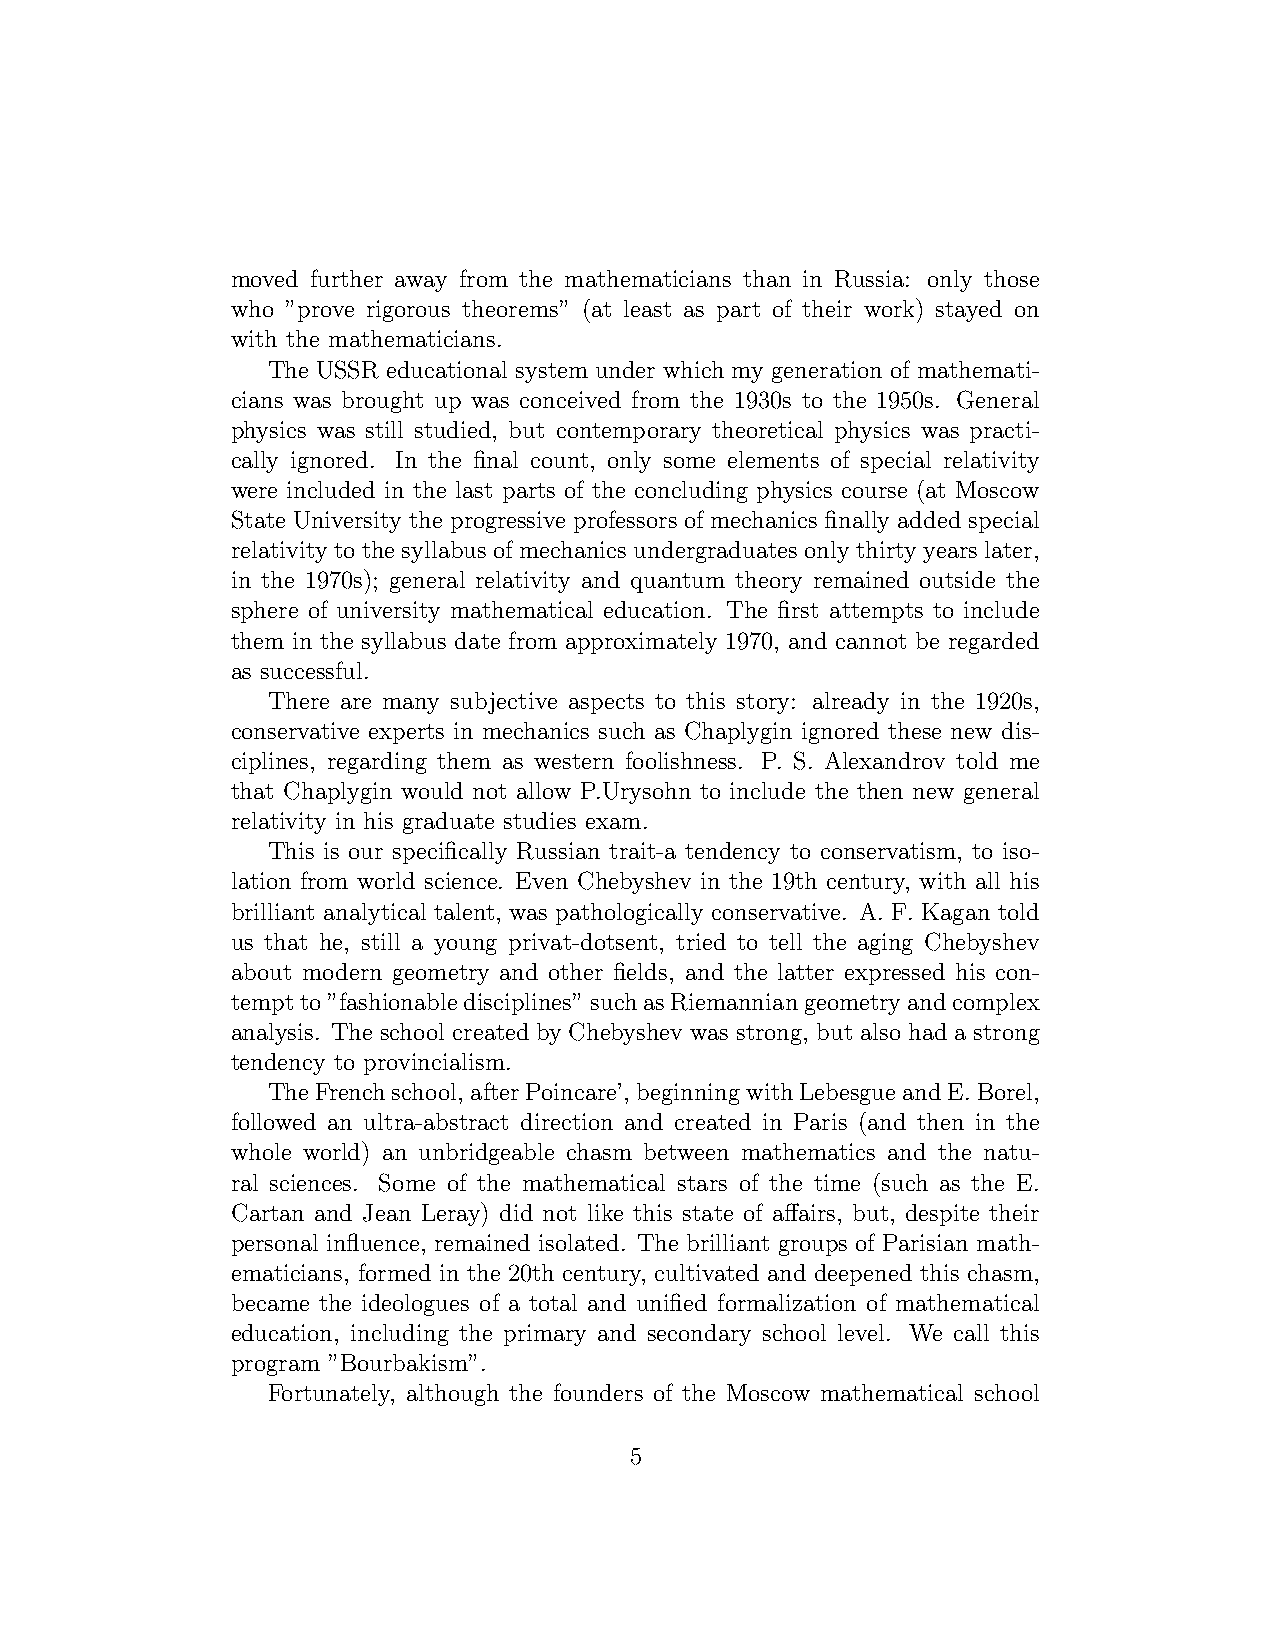
moved further away from the mathematicians than in Russia: only those
 who ”prove rigorous theorems” (at least as part of their work) stayed on
 with the mathematicians.
 The USSR educational system under which my generation of mathemati-
 cians was brought up was conceived from the 1930s to the 1950s. General
 physics was still studied, but contemporary theoretical physics was practi-
 cally ignored. In the final count, only some elements of special relativity
 were included in the last parts of the concluding physics course (at Moscow
 State University the progressive professors of mechanics finally added special
 relativity to the syllabus of mechanics undergraduates only thirty years later,
 in the 1970s); general relativity and quantum theory remained outside the
 sphere of university mathematical education. The first attempts to include
 them in the syllabus date from approximately 1970, and cannot be regarded
 as successful.
 There are many subjective aspects to this story: already in the 1920s,
 conservative experts in mechanics such as Chaplygin ignored these new dis-
 ciplines, regarding them as western foolishness. P. S. Alexandrov told me
 that Chaplygin would not allow P.Urysohn to include the then new general
 relativity in his graduate studies exam.
 This is our specifically Russian trait-a tendency to conservatism, to iso-
 lation from world science. Even Chebyshev in the 19th century, with all his
 brilliant analytical talent, was pathologically conservative. A. F. Kagan told
 us that he, still a young privat-dotsent, tried to tell the aging Chebyshev
 about modern geometry and other fields, and the latter expressed his con-
 temptto”fashionabledisciplines”suchasRiemanniangeometryandcomplex
 analysis. The school created by Chebyshev was strong, but also had a strong
 tendency to provincialism.
 TheFrenchschool,afterPoincare’,beginningwithLebesgueandE.Borel,
 followed an ultra-abstract direction and created in Paris (and then in the
 whole world) an unbridgeable chasm between mathematics and the natu-
 ral sciences. Some of the mathematical stars of the time (such as the E.
 Cartan and Jean Leray) did not like this state of affairs, but, despite their
 personal influence, remained isolated. The brilliant groups of Parisian math-
 ematicians, formed in the 20th century, cultivated and deepened this chasm,
 became the ideologues of a total and unified formalization of mathematical
 education, including the primary and secondary school level. We call this
 program ”Bourbakism”.
 Fortunately, although the founders of the Moscow mathematical school
 5